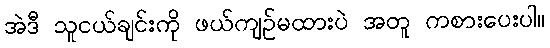
အဲဒီ သူငယ်ချင်းကို ဖယ်ကျဉ်မထားပဲ အတူ ကစားပေးပါ။